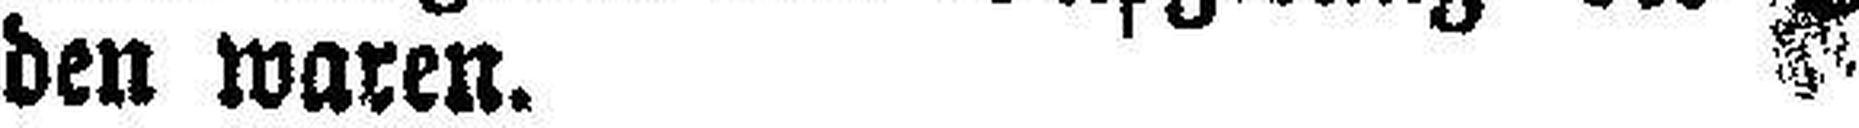
den waren.